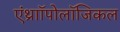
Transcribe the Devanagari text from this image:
एंथ्राॉपोलॉजिकल